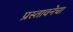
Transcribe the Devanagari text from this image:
प्रस्तावनेचा